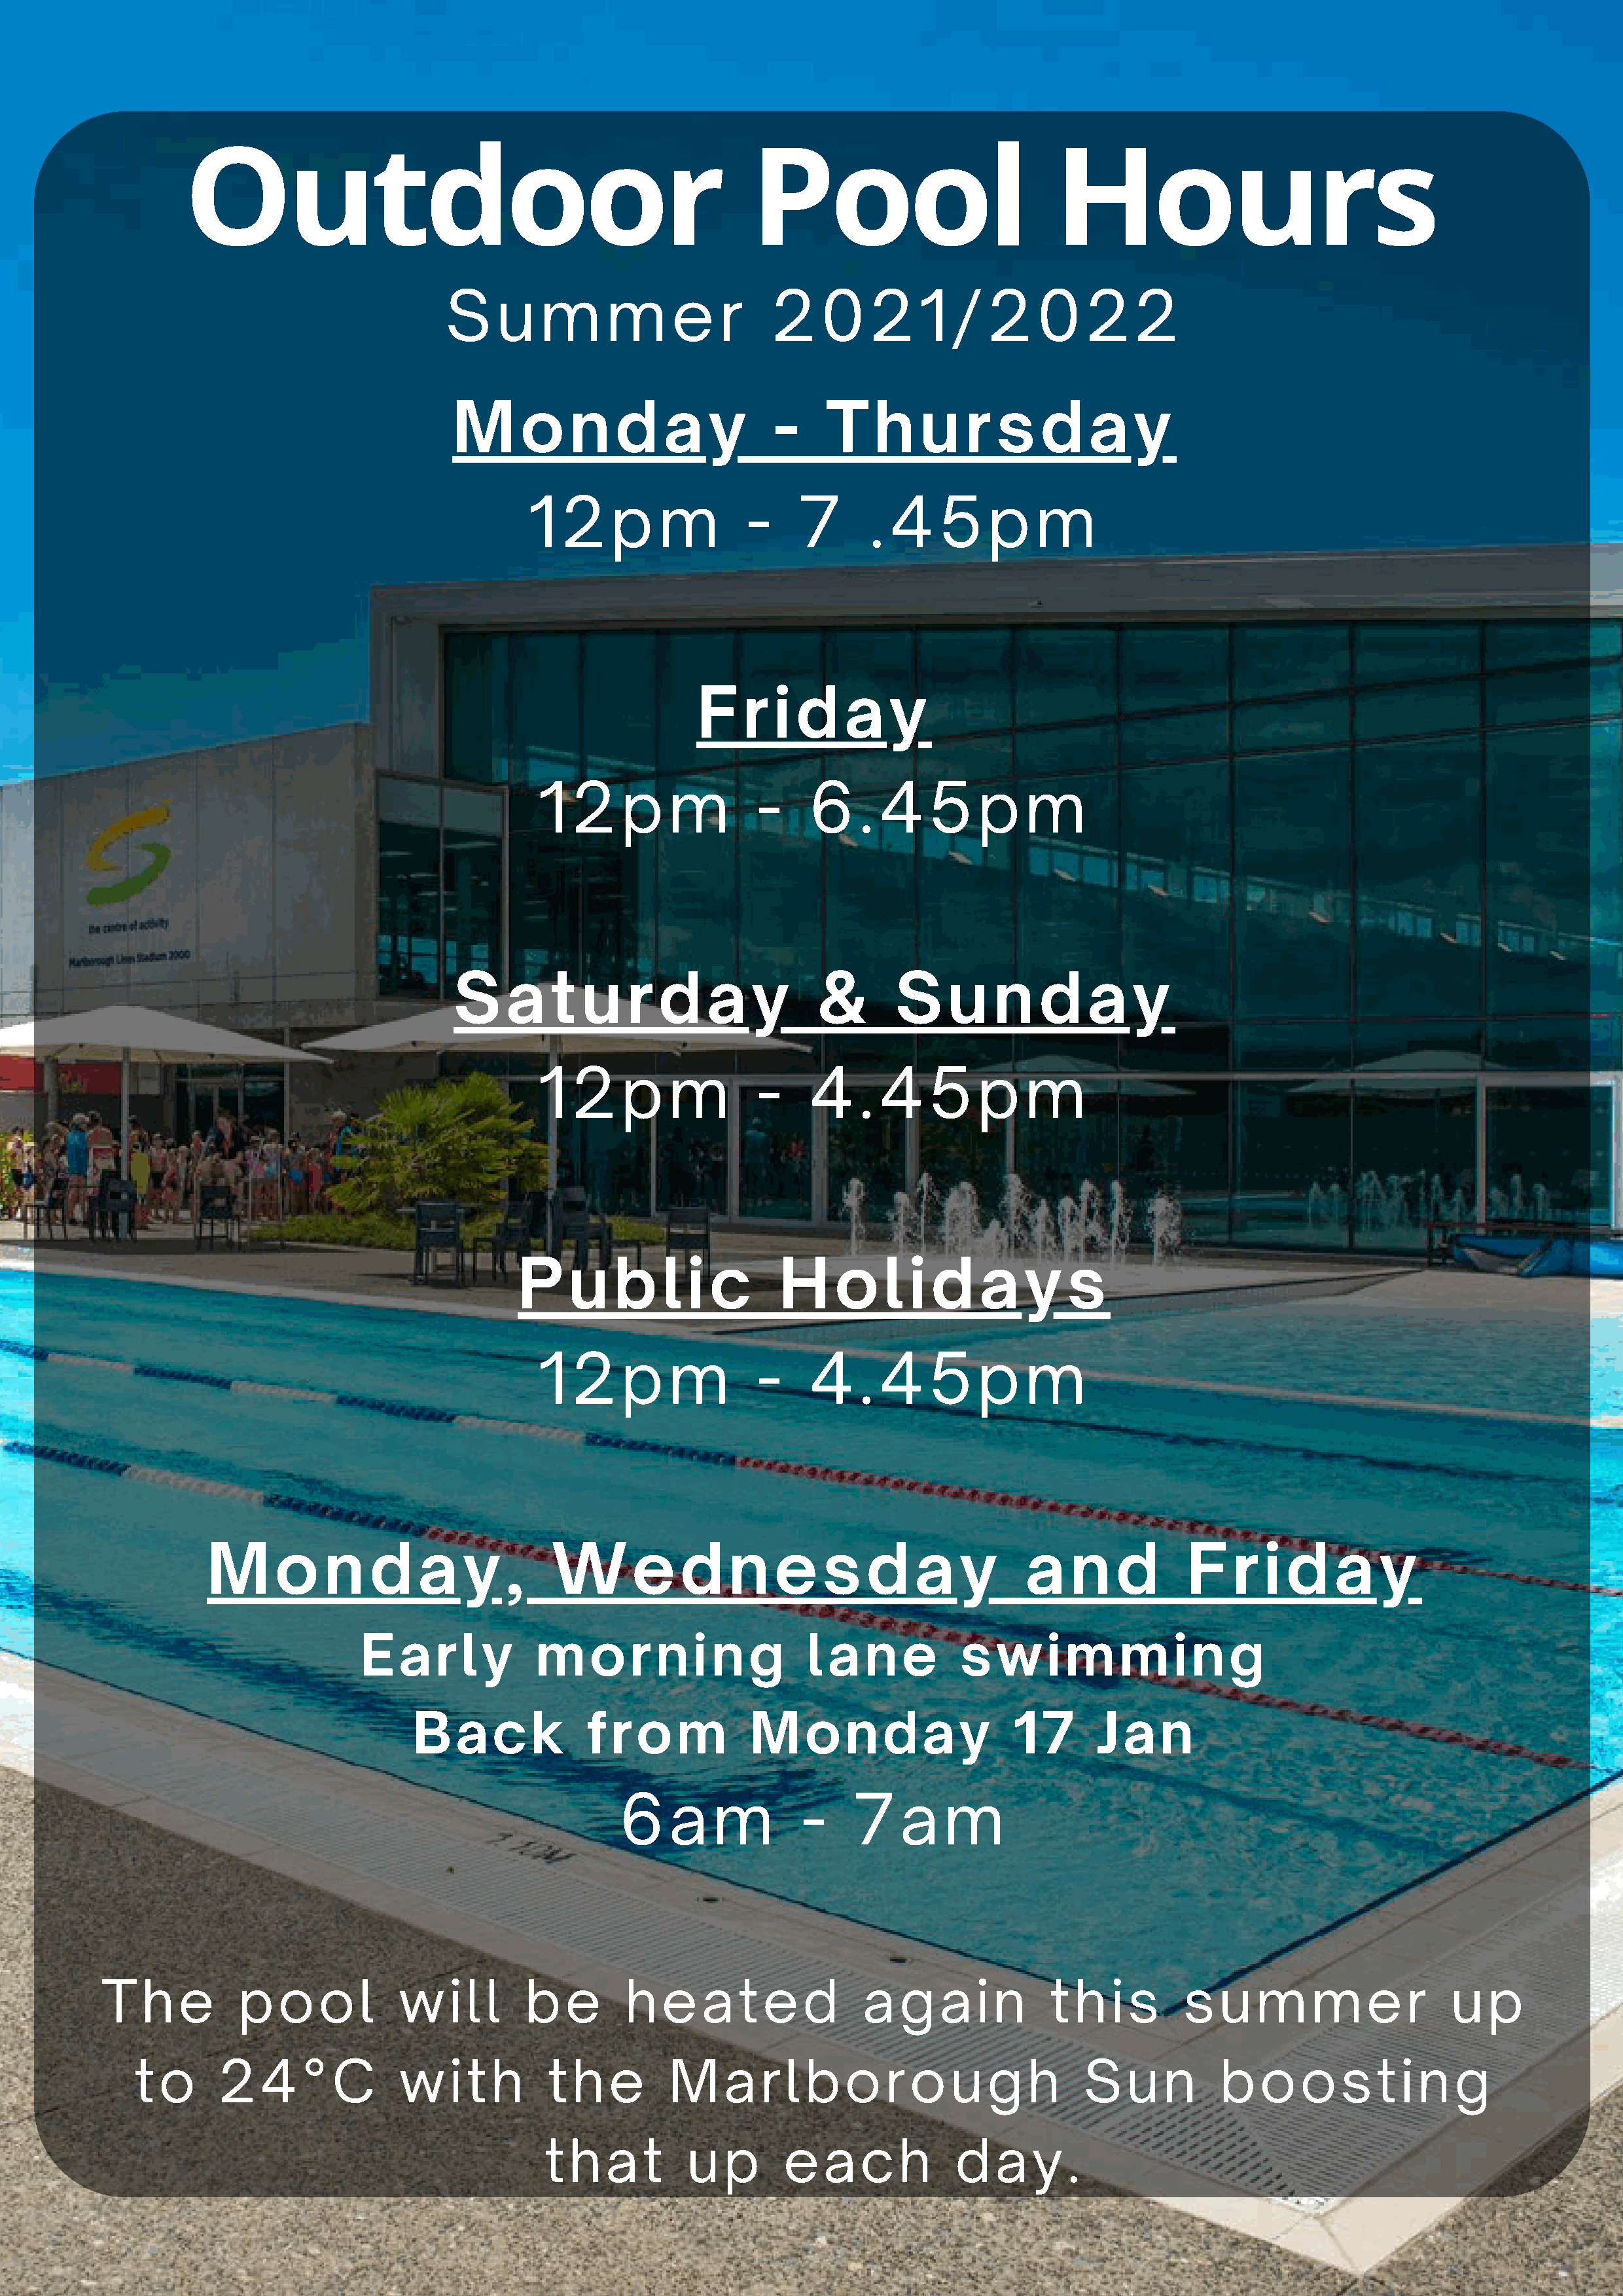
Outdoor                                                  Pool                           Hours
 S    u    m     m      e    r    2    0    2    1  /   2    0    2    2
 M      o    n   d    a    y     -     T   h    u    r  s   d    a    y
 1   2    p    m        -    7      . 4    5    p    m
 F    r  i d    a    y
 1   2    p    m        -    6    . 4    5    p    m
 S    a    t  u   r   d   a    y      &       S    u   n    d    a   y
 1   2    p    m        -    4    . 4    5    p    m
 P    u    b    l i  c      H    o    l  i d    a    y   s
 1   2    p    m        -    4    . 4    5    p    m
 M      o    n   d    a    y   ,    W       e    d    n   e    s    d   a    y      a   n    d      F    r  i d    a   y
 Early             morning                     lane           swimming
 Back             from             Monday                    17       Jan
 6    a   m        -    7    a   m
 The           pool            will         be        heated                  again              this          summer                     up
 to      24°C              with           the          Marlborough                               Sun          boosting
 that          up        each              day.